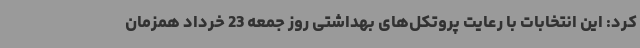
کرد: این انتخابات با رعایت پروتکل‌های بهداشتی روز جمعه 23 خرداد همزمان